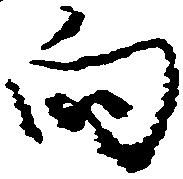
向